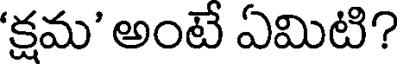
'క్షమ' అంటే ఏమిటి?